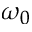
\omega _ { 0 }